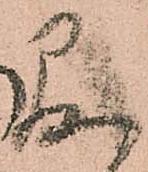
存